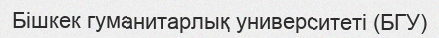
Бішкек гуманитарлық университеті (БГУ)